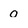
Character: 0